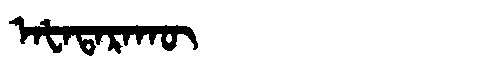
Manchu: ᠠᡶᠠᡨᠠᡵᠠᡴᡡ
Romanization: AFATARAKŪ